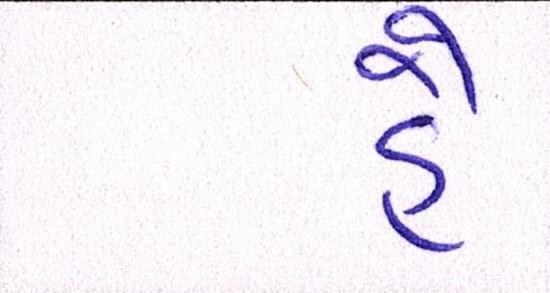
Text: હૈં